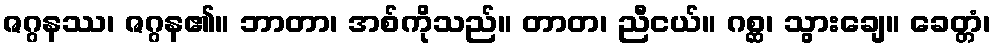
ဇဂ္ဂနဿ၊ ဇဂ္ဂန၏။ ဘာတာ၊ အစ်ကိုသည်။ တာတ၊ ညီငယ်။ ဂစ္ဆ၊ သွားချေ။ ခေတ္တံ၊